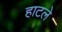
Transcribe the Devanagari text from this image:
हाटले